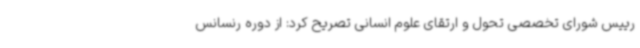
رییس شورای تخصصی تحول و ارتقای علوم انسانی تصریح کرد: از دوره رنسانس